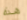
هذه